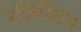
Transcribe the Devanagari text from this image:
रेजिस्टिव